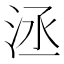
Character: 洆